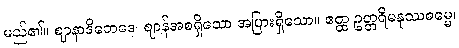
မည်၏။ ဈာနာဒိဘေဒေ၊ ဈာန်အစရှိသော အပြားရှိသော။ ဧတ္ထ ဥတ္တရိမနုဿဓမ္မေ၊